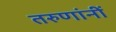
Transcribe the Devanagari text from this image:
तरुणांनीं